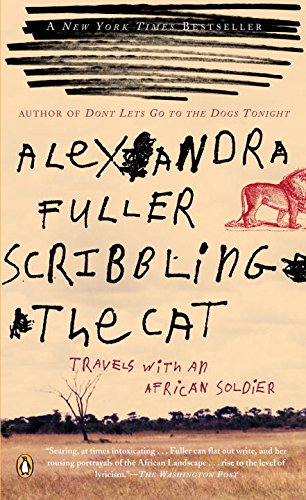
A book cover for Scribbling the Cat: Travels with an African Soldier; Alexandra Fuller; Biographies & Memoirs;